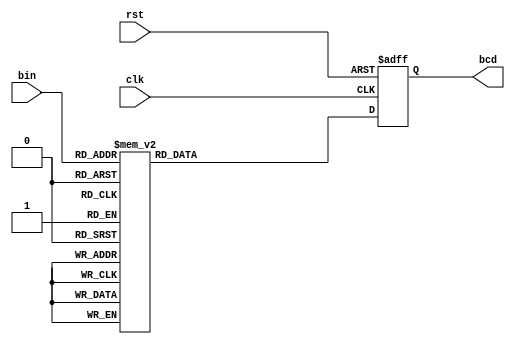
`timescale 1ns / 1ps
module binary_to_bcd(clk, rst, bin, bcd);

input clk, rst;
input [3:0] bin;
output reg [7:0] bcd;

always @(negedge rst or posedge clk) begin
   if(!rst) begin
      bcd <= {4'd0, 4'd0};
   end
   else begin
      case (bin)
         0 : bcd <= {4'd0, 4'd0};
         1 : bcd <= {4'd0, 4'd1};
         2 : bcd <= {4'd0, 4'd2};
         3 : bcd <= {4'd0, 4'd3};
         4 : bcd <= {4'd0, 4'd4};
         5 : bcd <= {4'd0, 4'd5};
         6 : bcd <= {4'd0, 4'd6};
         7 : bcd <= {4'd0, 4'd7};
         8 : bcd <= {4'd0, 4'd8};
         9 : bcd <= {4'd0, 4'd9};
         10 : bcd <= {4'd1, 4'd0};
         11 : bcd <= {4'd1, 4'd1};
         12 : bcd <= {4'd1, 4'd2};
         13 : bcd <= {4'd1, 4'd3};
         14 : bcd <= {4'd1, 4'd4};
         15 : bcd <= {4'd1, 4'd5};
         default : bcd <= {4'd0, 4'd0};
      endcase
    end
end
endmodule